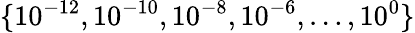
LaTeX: \{ 10^{-12},10^{-10},10^{-8},10^{-6},\dots,10^{0}\}